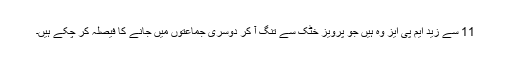
11 سے زید ایم پی ایز وہ ہیں جو پرویز خٹک سے تنگ آ کر دوسری جماعتوں میں جانے کا فیصلہ کر چکے ہیں۔